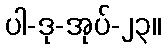
ပါ-ဒု-အုပ်-၂၃။